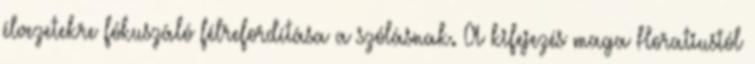
élvezetekre fókuszáló félrefordítása a szólásnak. A kifejezés maga Horatiustól